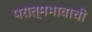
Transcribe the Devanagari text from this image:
परात्मभावाची